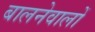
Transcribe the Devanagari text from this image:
बालनेवालों